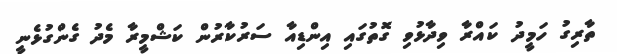
ތާރިގު ހަމީދު ކައްރާ ވިދާޅުވި ގޮތުގައި އިންޑިއާ ސަރުކާރުން ކަޝްމީރާ މެދު ގެންގުޅެނީ